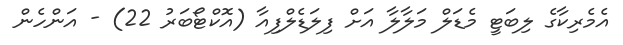
އެމެރިކާގެ ލިބަޓީ މެޑަލް މަލާލާ އަށް ފިލަޑެލްފިއާ (އޮކްޓޯބަރު 22) - އަންހެން